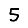
Digit: 5